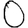
Digit: 0